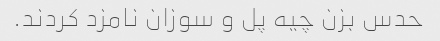
حدس بزن چیه پل و سوزان نامزد کردند.